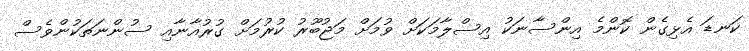
ކަނޑަ އެޅިގެން ކޮންމެ އިންސާނަކު އިސްލާމަކަށް ވުމަށް މަޖުބޫރު ކުރުމަށް ގުރުއާނާއި ސުންނަތަކުންވެސް